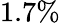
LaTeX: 1.7\%